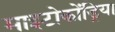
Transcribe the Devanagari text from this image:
माइटोकोंड्रिया